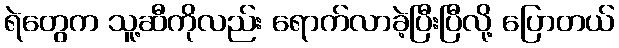
ရဲတွေက သူ့ဆီကိုလည်း ရောက်လာခဲ့ပြီးပြီလို့ ပြောတယ်